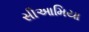
સીઆમિયા